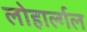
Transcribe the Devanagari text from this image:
लोहार्ल्गल